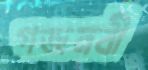
গজনবী